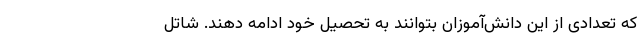
که تعدادی از این دانش‌آموزان بتوانند به تحصیل خود ادامه دهند. شاتل